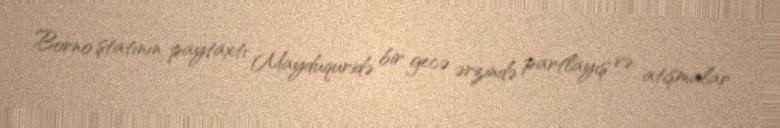
Borno ştatının paytaxtı Mayduquridə bir gecə ərzində partlayış və atışmalar